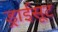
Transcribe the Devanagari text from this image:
ड्राईसूट